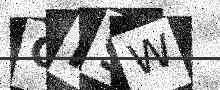
Text: CP9W